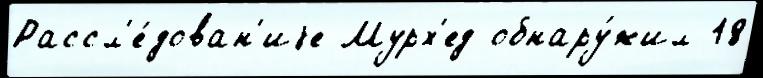
Рассл'е́дован'иjе Мурх'ед обнару́жил 18